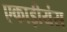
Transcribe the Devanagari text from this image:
एकाड़ीयंस